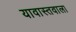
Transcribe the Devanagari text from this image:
यावास्तवाला